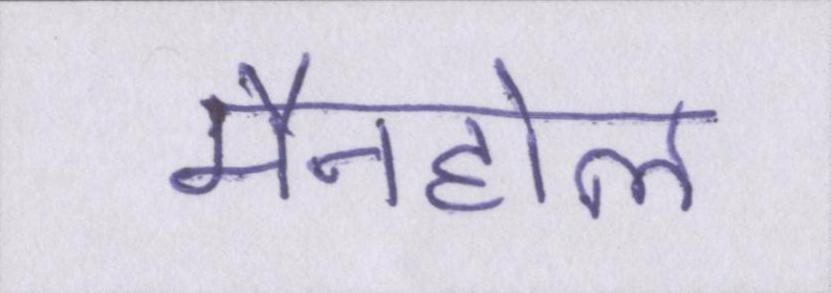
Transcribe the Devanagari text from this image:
मैनहोल